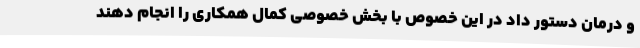
و درمان دستور داد در این خصوص با بخش خصوصی کمال همکاری را انجام دهند